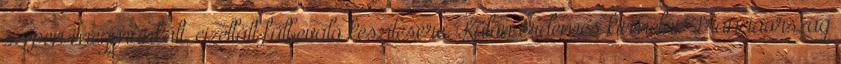
szépen megmunkált, cizellált fülbevaló készítésére. Külön érdemes kiemelni Franciaország